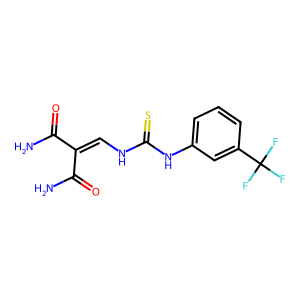
SMILES: NC(=O)C(=CNC(=S)Nc1cccc(C(F)(F)F)c1)C(N)=O
Inhibits HIV replication: No